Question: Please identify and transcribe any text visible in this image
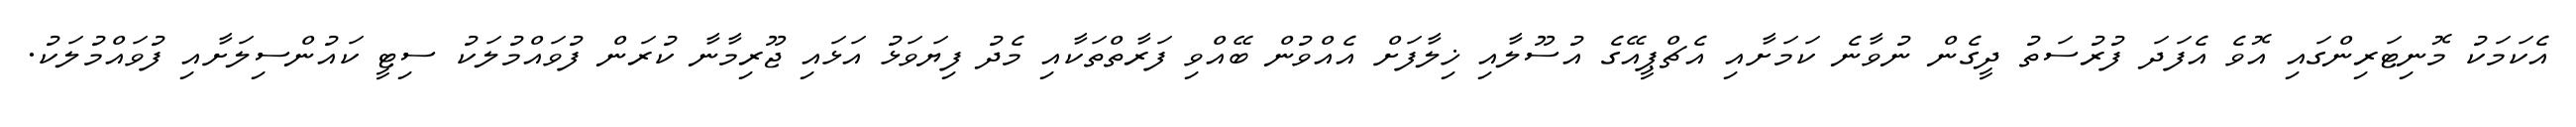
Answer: އެކަމަކު މޮނިޓަރިންގައި އޮވެ އެފަދަ ފުރުސަތު ދީގެން ނުވާނެ ކަމަށާއި އެޗްޕީއޭގެ އުސޫލާއި ޚިލާފަށް އެއްވުން ބޭއްވި ފަރާތްތަކާއި މެދު ފިޔަވަޅު އަޅައި ޖޫރިމާނާ ކުރަން ފުވައްމުލަކު ސިޓީ ކައުންސިލަށާއި ފުވައްމުލަކު.